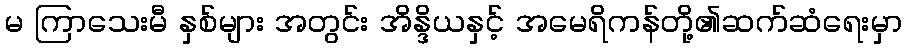
မ ကြာသေးမီ နှစ်များ အတွင်း အိန္ဒိယနှင့် အမေရိကန်တို့၏ဆက်ဆံရေးမှာ